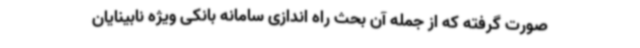
صورت گرفته که از جمله آن بحث راه اندازی سامانه بانکی ویژه نابینایان